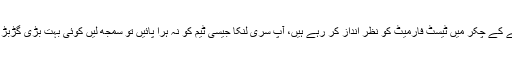
شکست نے پی سی بی کی پالیسیز کو بھی ایکسپوزکردیا، نجم سیٹھی ٹی ٹوئنٹی سے پیسہ کمانے کے چکر میں ٹیسٹ فارمیٹ کو نظر انداز کر رہے ہیں، آپ سری لنکا جیسی ٹیم کو نہ ہرا پائیں تو سمجھ لیں کوئی بہت بڑی گڑبڑ ہے، اسے جلد درست نہ کیا گیا تو بڑی ٹیموں کے خلاف تو مزید مسائل کا سامناکرنا پڑے گا۔